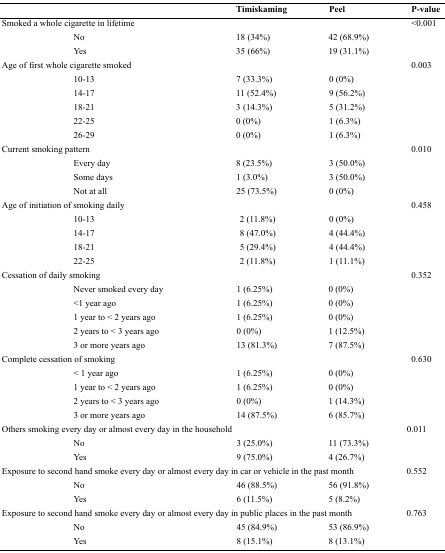
<table><thead><tr><td></td><td><b>Timiskaming</b></td><td><b>Peel</b></td><td><b>P-value</b></td></tr></thead><tbody><tr><td>Smoked a whole cigarette in lifetime</td><td></td><td></td><td>&lt;0.001</td></tr><tr><td>No</td><td>18 (34%)</td><td>42 (68.9%)</td><td></td></tr><tr><td>Yes</td><td>35 (66%)</td><td>19 (31.1%)</td><td></td></tr><tr><td>Age of first whole cigarette smoked</td><td></td><td></td><td>0.003</td></tr><tr><td>10-13</td><td>7 (33.3%)</td><td>0 (0%)</td><td></td></tr><tr><td>14-17</td><td>11 (52.4%)</td><td>9 (56.2%)</td><td></td></tr><tr><td>18-21</td><td>3 (14.3%)</td><td>5 (31.2%)</td><td></td></tr><tr><td>22-25</td><td>0 (0%)</td><td>1 (6.3%)</td><td></td></tr><tr><td>26-29</td><td>0 (0%)</td><td>1 (6.3%)</td><td></td></tr><tr><td>Current smoking pattern</td><td></td><td></td><td>0.010</td></tr><tr><td>Every day</td><td>8 (23.5%)</td><td>3 (50.0%)</td><td></td></tr><tr><td>Some days</td><td>1 (3.0%)</td><td>3 (50.0%)</td><td></td></tr><tr><td>Not at all</td><td>25 (73.5%)</td><td>0 (0%)</td><td></td></tr><tr><td>Age of initiation of smoking daily</td><td></td><td></td><td>0.458</td></tr><tr><td>10-13</td><td>2 (11.8%)</td><td>0 (0%)</td><td></td></tr><tr><td>14-17</td><td>8 (47.0%)</td><td>4 (44.4%)</td><td></td></tr><tr><td>18-21</td><td>5 (29.4%)</td><td>4 (44.4%)</td><td></td></tr><tr><td>22-25</td><td>2 (11.8%)</td><td>1 (11.1%)</td><td></td></tr><tr><td>Cessation of daily smoking</td><td></td><td></td><td>0.352</td></tr><tr><td>Never smoked every day</td><td>1 (6.25%)</td><td>0 (0%)</td><td></td></tr><tr><td>&lt;1 year ago</td><td>1 (6.25%)</td><td>0 (0%)</td><td></td></tr><tr><td>1 year to &lt; 2 years ago</td><td>1 (6.25%)</td><td>0 (0%)</td><td></td></tr><tr><td>2 years to &lt; 3 years ago</td><td>0 (0%)</td><td>1 (12.5%)</td><td></td></tr><tr><td>3 or more years ago</td><td>13 (81.3%)</td><td>7 (87.5%)</td><td></td></tr><tr><td>Complete cessation of smoking</td><td></td><td></td><td>0.630</td></tr><tr><td>&lt; 1 year ago</td><td>1 (6.25%)</td><td>0 (0%)</td><td></td></tr><tr><td>1 year to &lt; 2 years ago</td><td>1 (6.25%)</td><td>0 (0%)</td><td></td></tr><tr><td>2 years to &lt; 3 years ago</td><td>0 (0%)</td><td>1 (14.3%)</td><td></td></tr><tr><td>3 or more years ago</td><td>14 (87.5%)</td><td>6 (85.7%)</td><td></td></tr><tr><td>Others smoking every day or almost every day in the household</td><td></td><td></td><td>0.011</td></tr><tr><td>No</td><td>3 (25.0%)</td><td>11 (73.3%)</td><td></td></tr><tr><td>Yes</td><td>9 (75.0%)</td><td>4 (26.7%)</td><td></td></tr><tr><td>Exposure to second hand smoke every day or almost every day in car or vehicle in the past month</td><td></td><td></td><td>0.552</td></tr><tr><td>No</td><td>46 (88.5%)</td><td>56 (91.8%)</td><td></td></tr><tr><td>Yes</td><td>6 (11.5%)</td><td>5 (8.2%)</td><td></td></tr><tr><td>Exposure to second hand smoke every day or almost every day in public places in the past month</td><td></td><td></td><td>0.763</td></tr><tr><td>No</td><td>45 (84.9%)</td><td>53 (86.9%)</td><td></td></tr><tr><td>Yes</td><td>8 (15.1%)</td><td>8 (13.1%)</td><td></td></tr></tbody></table>